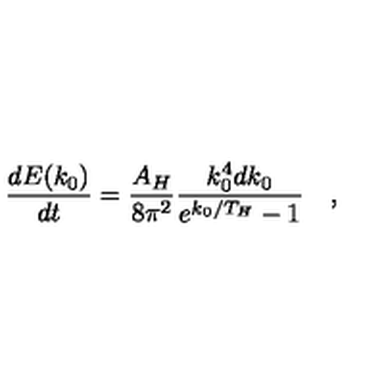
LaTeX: { \frac { d E ( k _ { 0 } ) } { d t } } = { \frac { A _ { H } } { 8 \pi ^ { 2 } } } { \frac { k _ { 0 } ^ { 4 } d k _ { 0 } } { e ^ { k _ { 0 } / T _ { H } } - 1 } } \quad ,